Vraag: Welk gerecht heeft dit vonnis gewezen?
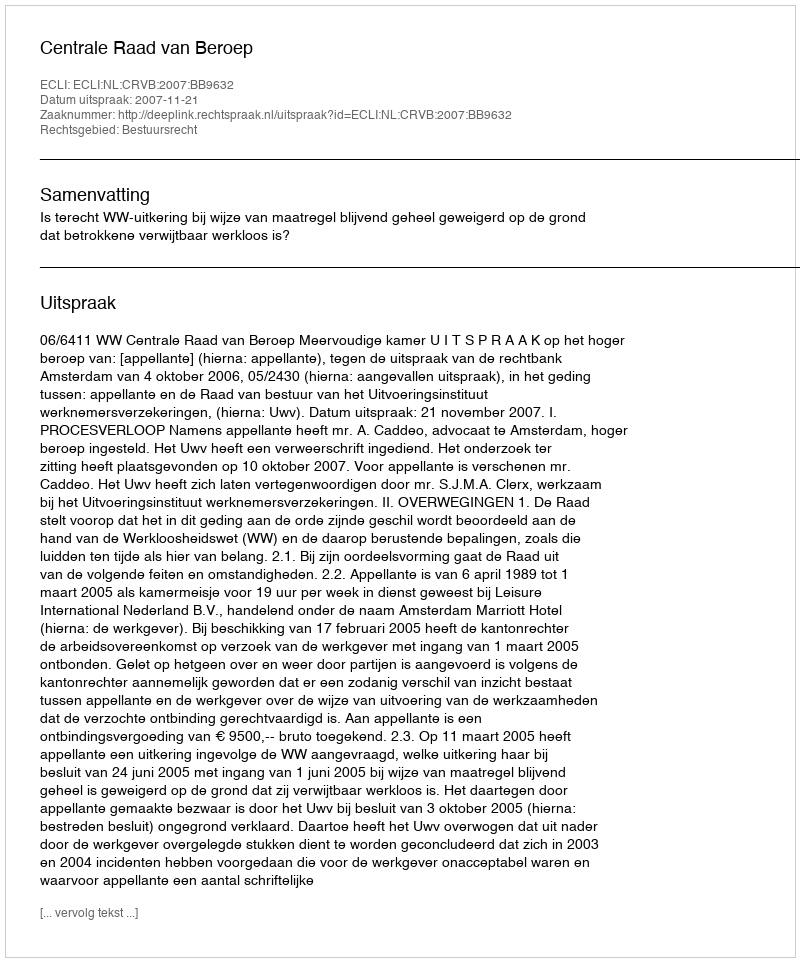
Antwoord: Centrale Raad van Beroep